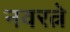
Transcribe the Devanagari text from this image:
नवरत्ने